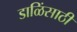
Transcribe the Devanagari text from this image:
डाळिंसाठी